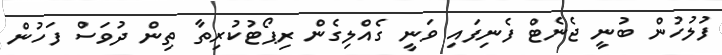
ފުލުހުން ބުނީ ޖެނެޓް ފެނިފައި ވަނީ ގެއްލިގެން ރިޕޯޓުކުރިތާ ތިން ދުވަސް ފަހުން